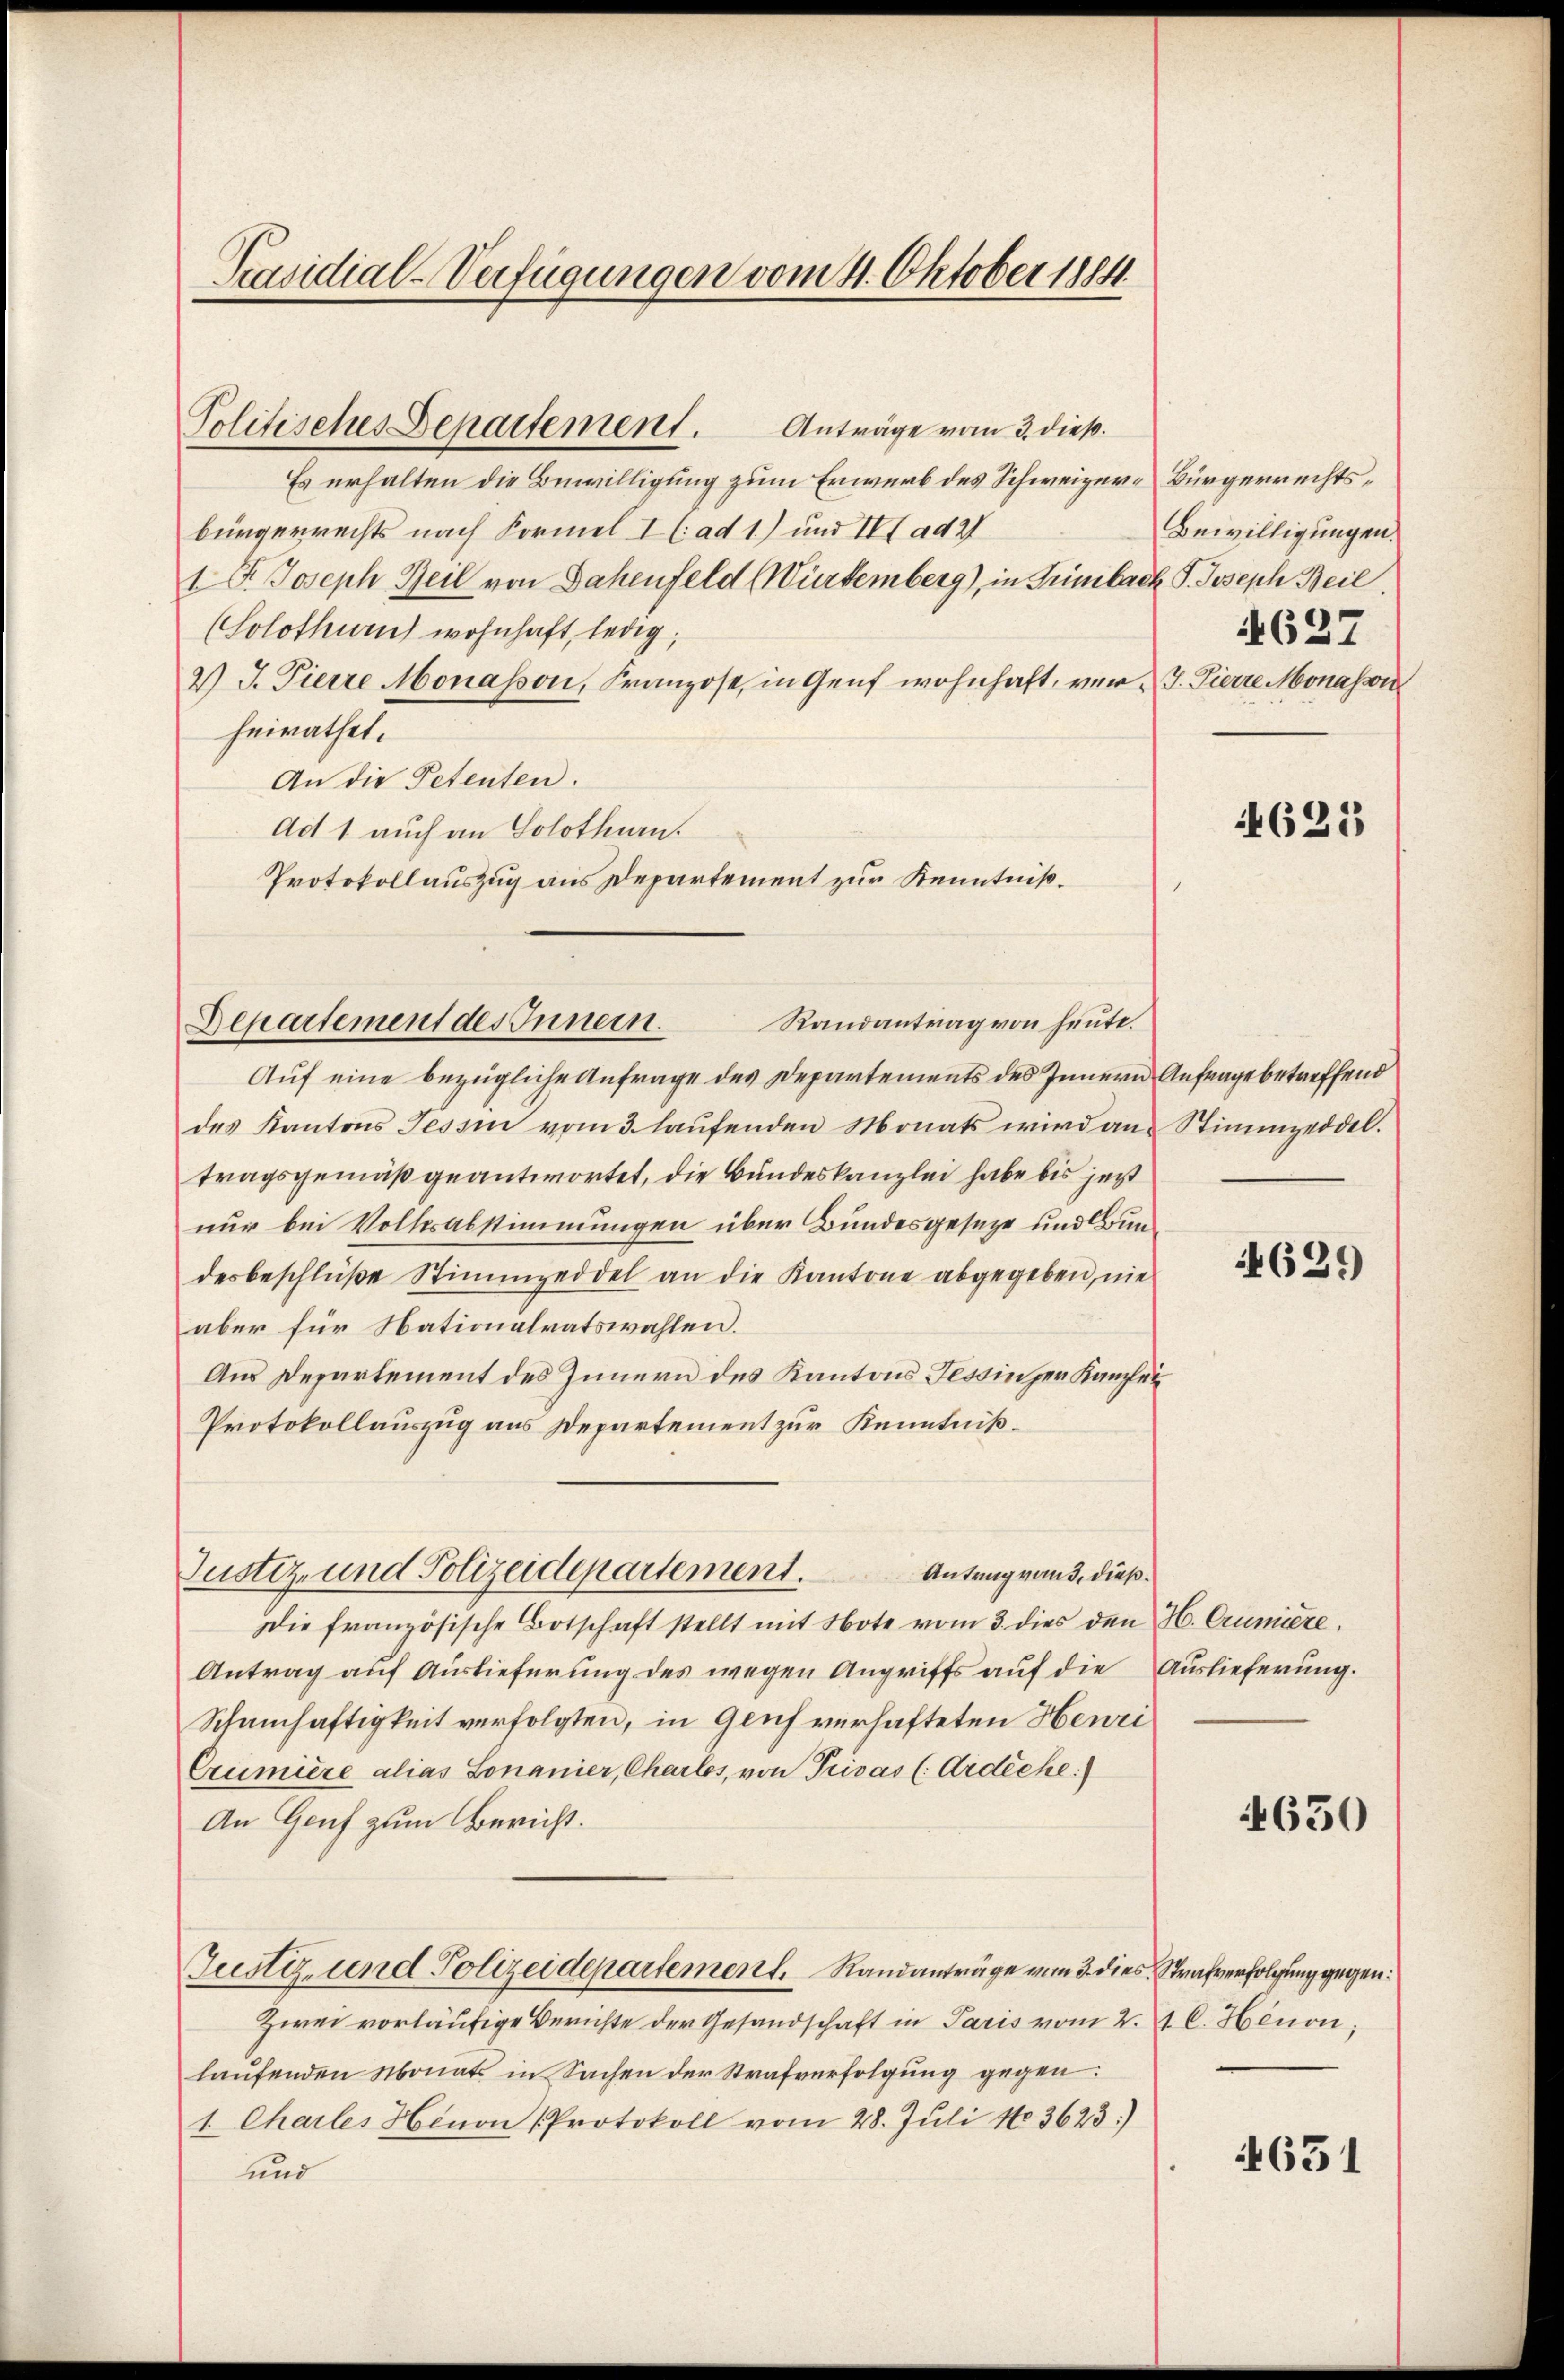
Präsidial-Verfügungen vom 4. Oktober 1884.

Politisches Departement.

Anträge vom 3. dieß.
Es erhalten die Bewilligung zum Erwerb des Schweizerbürgerrechts nach Formel I (: ad 1) und III ad 27
1 P. Joseph Heil von Sachenfeld (Würtemberg), in Trinibach P. Joseph Beil
(Solothurn wohnhaft, ledig,
2.) J. Pierre Monasson, Franzose, in Genf wohnhaft, vor V. Pierre Monassi
heirathet.
An die Petenten.
Ad 1 auch an Solothurn.
Protokollauszug aus Departement zur Kenntniß¬

Randantrag von heute.
Departement des Innern.

Auf eine bezügliche Anfrage des Departements des Innern Anfrage betreffend
des Kantons Tessin vom 3. laufenden Monats wird an Stimmzeddel.
tragsgemäß geantwortet, die Bundeskanzlei habe bis jetzt
nur bei Volksabstimmungen über Bundesgeseze und Bundesbeschlüße Stimmzeddel an die Kantone abgegeben, nie
aber für Nationalratswahlen.
Aus Departement des Innern des Kantons Tessinger Kanzlei
Protokollauszug aus Departement zur Kenntniß¬
Antrag auf Auslieferung des wegen Angriffs auf die Auslieferung.
Schamhaftigkeit verfolgten, in Gruf verhafteten Henri
Crumiere alias Lonanier, Charlos, von Privas (Ardiche
An Genf zum Bericht.
Justiz, und Polizeidepartement. Randanträge vom 3. dies Strafverfolgung gegen:
Zwei vorläufige Berichte der Gesandschaft in Paris vom 2. A. C. Henon;
laŭfenden Monats in Sachen der Strafverfolgung gegen
1. Charles Hinon (Protokoll vom 28. Jŭli 183623)
und

Justiz- und Polizeidepartement.
Antrag von 3. dieß.
Die französische Botschaft stellt mit Note vom 3. dies den H. Crumiere,

Bürgerrechts¬
Bewilligungen.
627

4623

629

650

1651